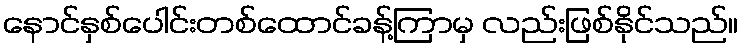
နောင်နှစ်ပေါင်းတစ်ထောင်ခန့်ကြာမှ လည်းဖြစ်နိုင်သည်။